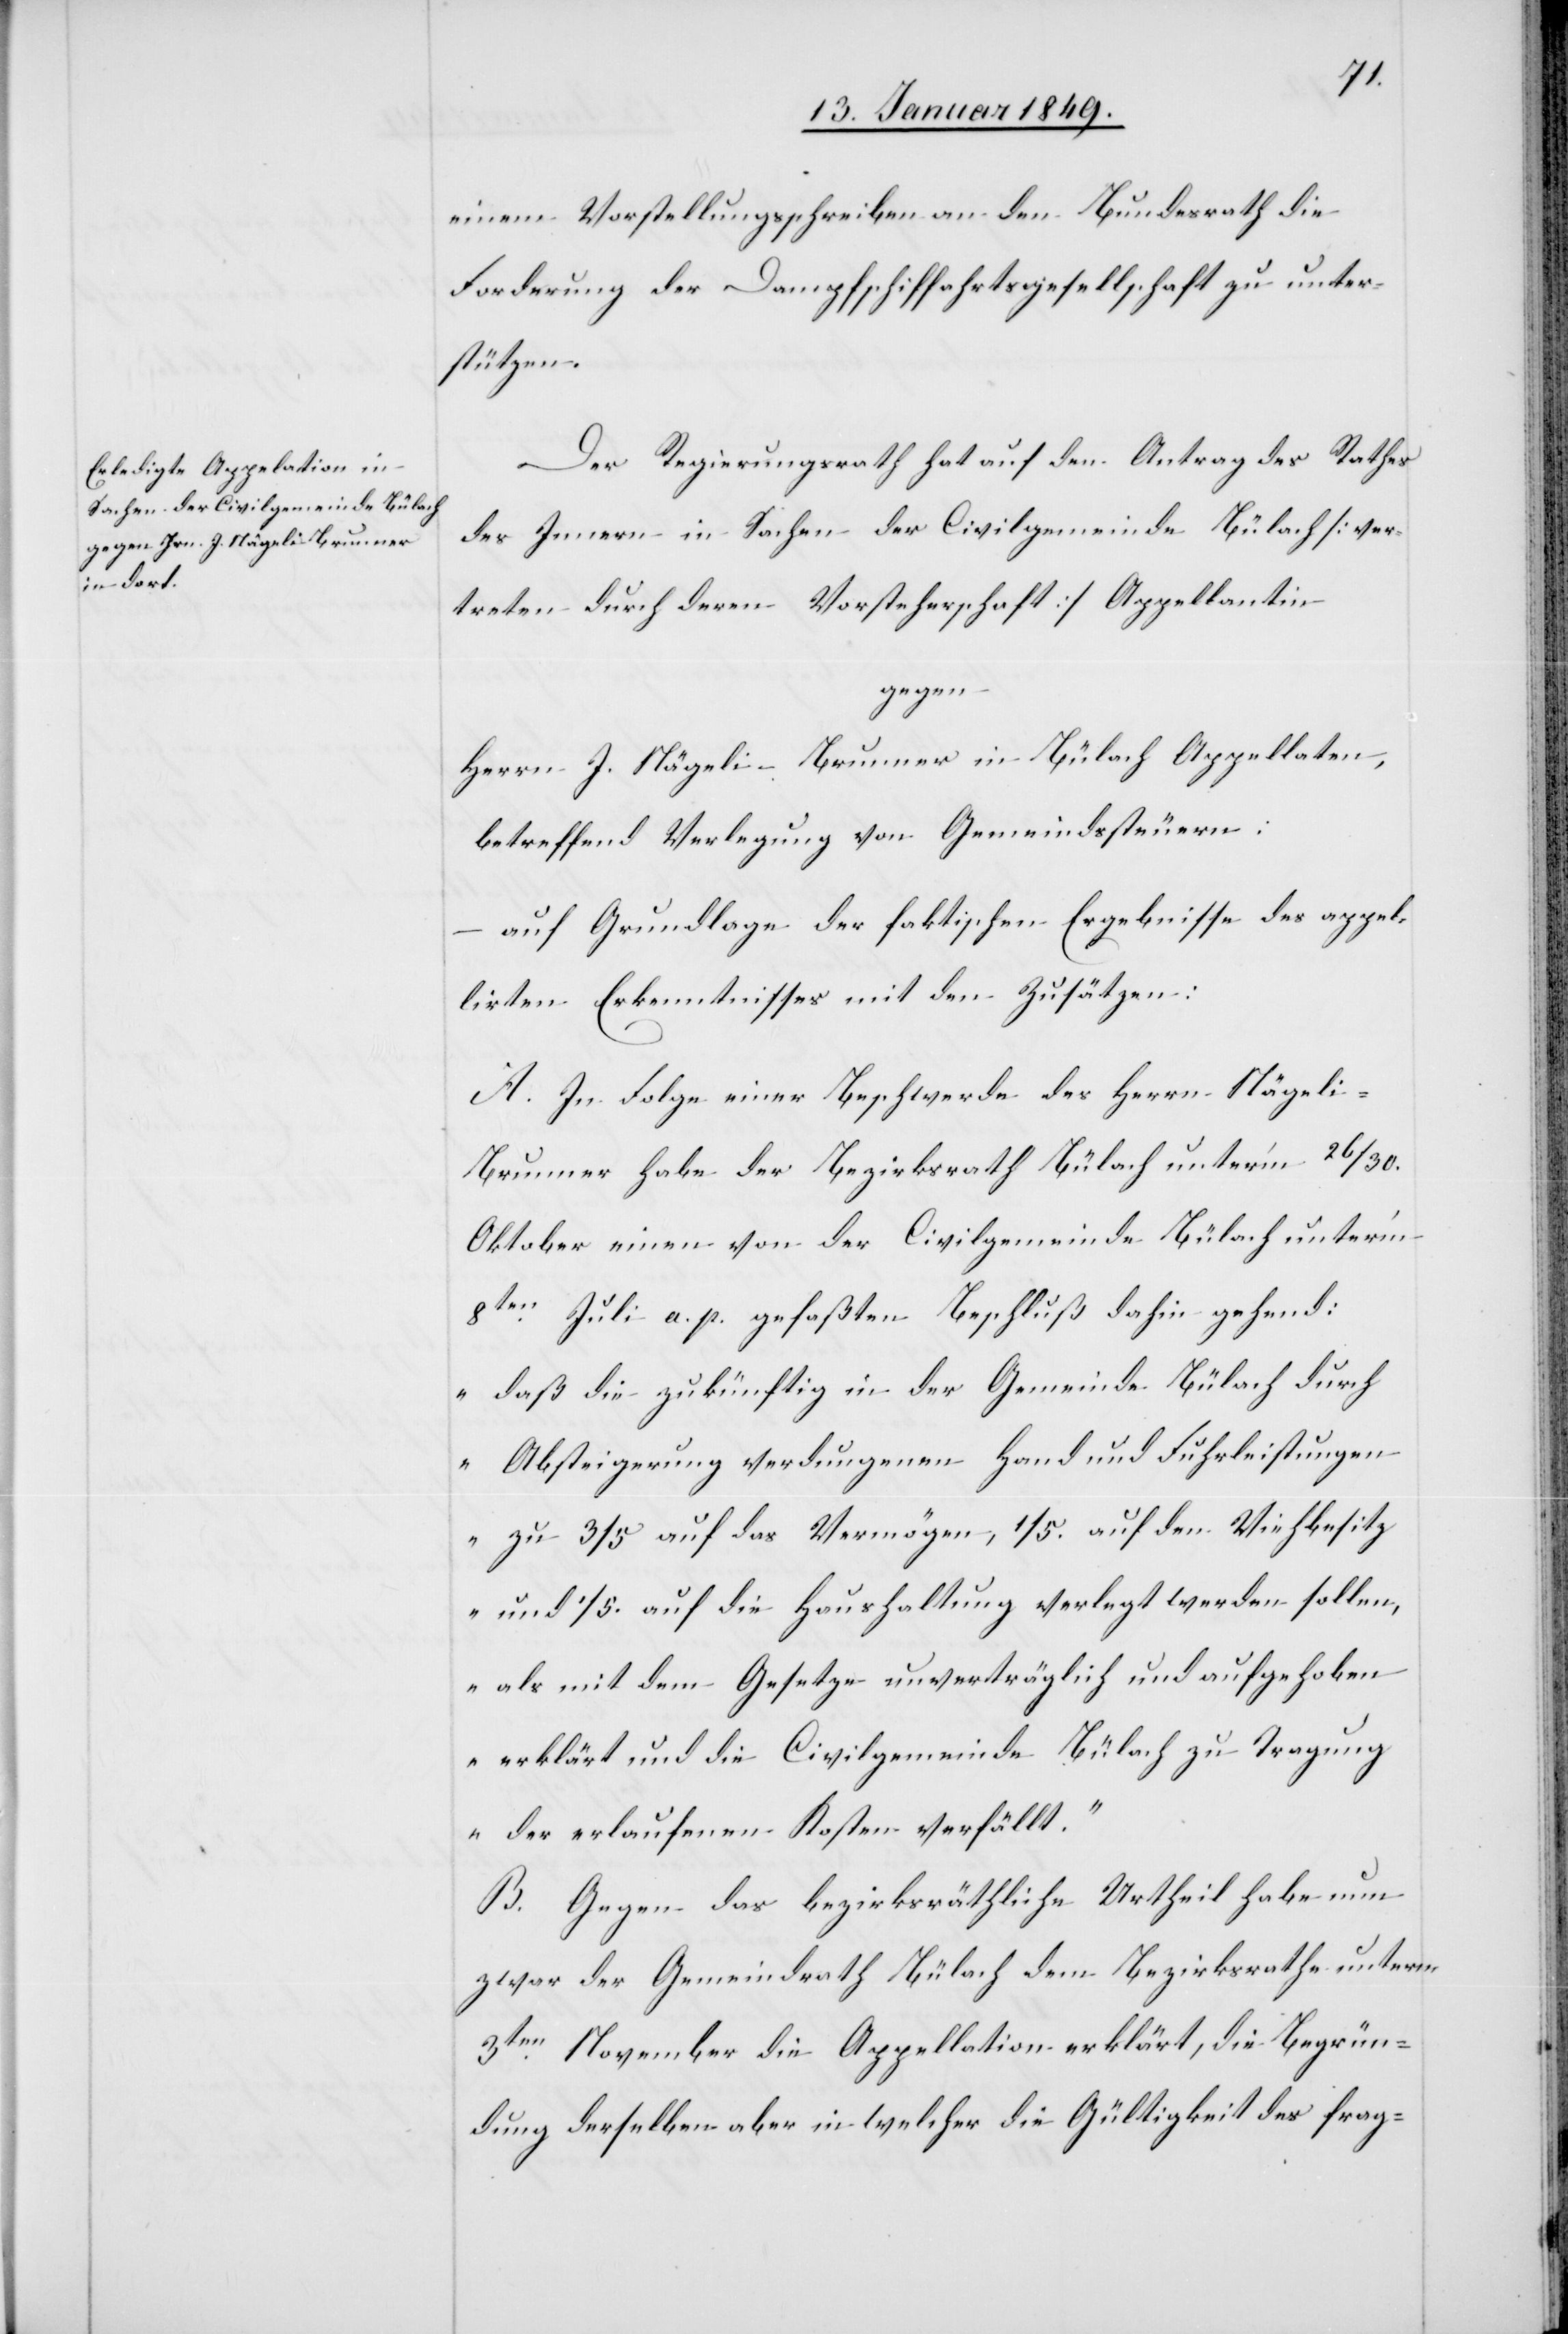
einem Vorstellungsschreiben an den Bundesrath die
Forderung der Dampfschiffahrtsgesellschaft zu unter¬
stützen.
Der Regierungsrath hat auf den Antrag des Rathes
des Innern in Sachen der Civilgemeinde Bülach [ver¬
treten durch deren Vorsteherschaft] Appellantin
gegen
Herrn J. Nägeli-Brunner in Bülach Appellaten,
betreffend Verlegung von Gemeindssteuern:
auf Grundlage der faktischen Ergebnisse des appel¬
lirten Erkenntnisses mit den Zusätzen:
A. In Folge einer Beschwerde des Herrn Nägel¬
i-Brunner habe der Bezirksrath Bülach unter’m 26/30.
Oktober einen von der Civilgemeinde Bülach unter’m
8ten. Juli a. p. gefaßten Beschluß dahin gehend:
„daß die zukünftig in der Gemeinde Bülach durch
Absteigerung verdungenen Hand und Fuhrleistungen
zu 3/5 auf das Vermögen, 1/5. auf den Viehbesitz
und 1/5. auf die Haushaltung verlegt werden sollen,
als mit dem Gesetze unverträglich und aufgehoben
erklärt und die Civilgemeinde Bülach zu Tragung
der erlaufenen Kosten verfällt.“
B. Gegen das bezirksräthliche Urtheil habe nun
zwar der Gemeindrath Bülach dem Bezirksrathe unterm
3ten. November die Appellation erklärt, die Begrün¬
dung derselben aber in welcher die Gültigkeit des frag-